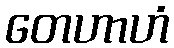
တေဟာဟံ